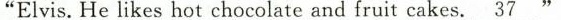
Elvis. He likes hot chocolate and fruit cakes.\underline{37} "